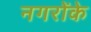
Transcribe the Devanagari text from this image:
नगरोंके